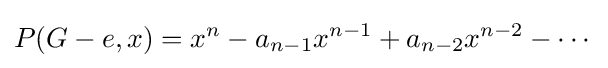
P(G-e,x)=x^{n}-a_{n-1}x^{n-1}+a_{n-2}x^{n-2}-\cdots